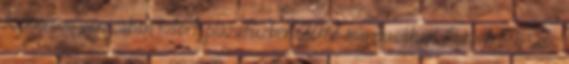
Kemerovo városában kitört plázatűzben 2017 márciusában. Fotó: MTI, Soós